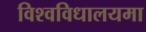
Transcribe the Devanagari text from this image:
विश्वविधालयमा